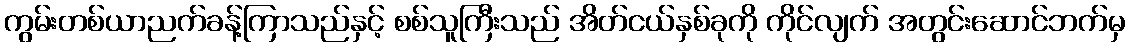
ကွမ်းတစ်ယာညက်ခန့်ကြာသည်နှင့် စစ်သူကြီးသည် အိတ်ငယ်နှစ်ခုကို ကိုင်လျက် အတွင်းဆောင်ဘက်မှ